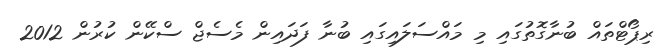
ރިޕޯޓްތައް ބުނާގޮތުގައި މި މައްސަލައިގައި ބުނާ ފަދައިން މެސެޖް ސްކޭން ކުރުން 2012